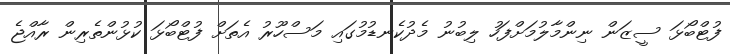
ފުޓްބޯޅަ ސީޒަން ނިންމާލުމަށްފަހު ލިބުނު މެދުކެނޑުމުގައި މަސްހޫރު އެތަށް ފުޓްބޯޅަ ކުޅުންތެރިން ރާއްޖެ